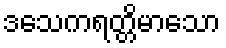
ဒသေကရတ္တိမာသော